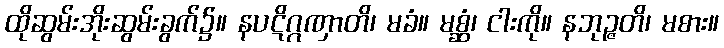
ထိုဆွမ်းအိုးဆွမ်းခွက်၌။ နပဋိဂ္ဂဏှာတိ၊ မခံ။ မစ္ဆံ၊ ငါးကို။ နဘုဉ္ဇတိ၊ မစား။